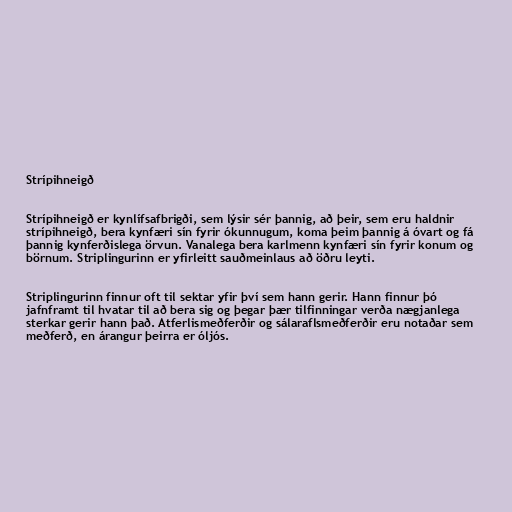
Strípihneigð

Strípihneigð er kynlífsafbrigði, sem lýsir sér þannig, að þeir, sem eru haldnir
strípihneigð, bera kynfæri sín fyrir ókunnugum, koma þeim þannig á óvart og fá
þannig kynferðislega örvun. Vanalega bera karlmenn kynfæri sín fyrir konum og
börnum. Striplingurinn er yfirleitt sauðmeinlaus að öðru leyti.

Striplingurinn finnur oft til sektar yfir því sem hann gerir. Hann finnur þó
jafnframt til hvatar til að bera sig og þegar þær tilfinningar verða nægjanlega
sterkar gerir hann það. Atferlismeðferðir og sálaraflsmeðferðir eru notaðar sem
meðferð, en árangur þeirra er óljós.